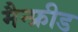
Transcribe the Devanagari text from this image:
मैन्फ्रीड